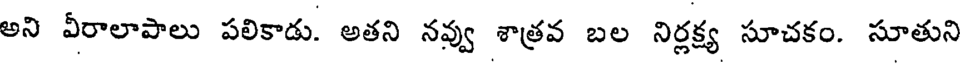
అని వీరాలాపాలు పలికాడు. అతని నవ్వు శాత్రవ బల నిర్లక్ష్య సూచకం. సూతుని